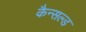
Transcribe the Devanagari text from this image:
कैन्सल्ड